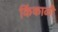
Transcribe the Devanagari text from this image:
किंकाळी